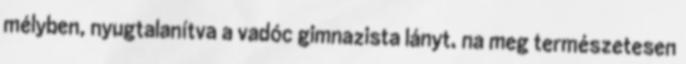
mélyben, nyugtalanítva a vadóc gimnazista lányt, na meg természetesen